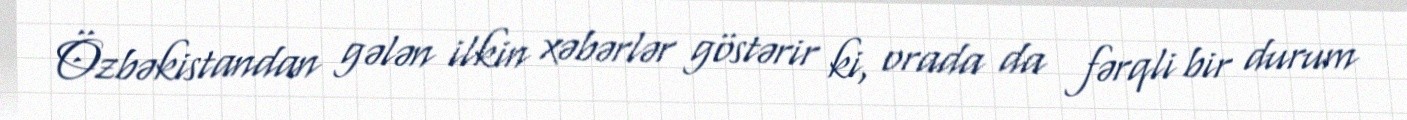
Özbəkistandan gələn ilkin xəbərlər göstərir ki, orada da fərqli bir durum